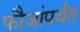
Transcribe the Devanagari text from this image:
फौजांपर्यंत